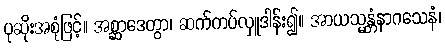
ပုဆိုးအစုံဖြင့်။ အစ္ဆာဒေတွာ၊ ဆက်ကပ်လှူဒါန်း၍။ အာယသ္မန္တံနာဂသေနံ၊